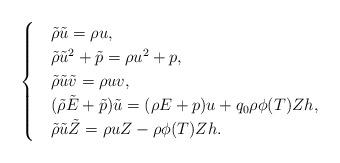
LaTeX: \begin{align*}\begin{cases}&\tilde{\rho}\tilde{u}=\rho u,\\&\tilde{\rho}\tilde{u}^2+\tilde{p}=\rho u^2+p,\\&\tilde{\rho}\tilde{u}\tilde{v}=\rho uv,\\&(\tilde{\rho}\tilde{E}+\tilde{p})\tilde{u}=(\rho E+p)u+q_0\rho\phi(T)Zh,\\&\tilde{\rho}\tilde{u}\tilde{Z}=\rho u Z-\rho\phi(T)Zh.\end{cases}\end{align*}